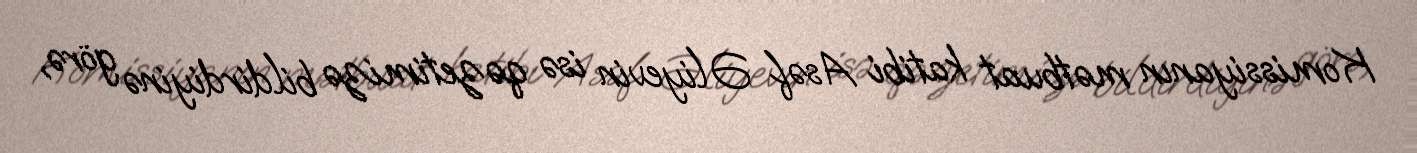
Komissiyanın mətbuat katibi Asəf Əliyevin isə qəzetimizə bildirdiyinə görə,